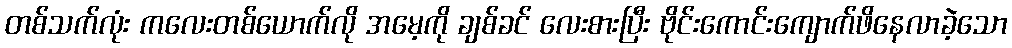
တစ်သက်လုံး ကလေးတစ်ယောက်လို အမေ့ကို ချစ်ခင် လေးစားပြီး ဗိုင်းကောင်းကျောက်ဖိနေလာခဲ့သော